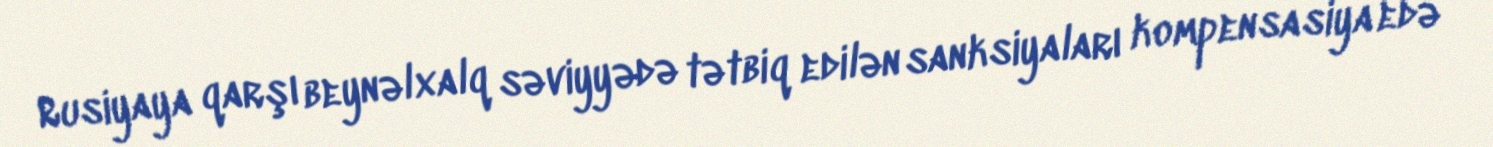
Rusiyaya qarşı beynəlxalq səviyyədə tətbiq edilən sanksiyaları kompensasiya edə